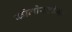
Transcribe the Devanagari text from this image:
कोनोस्टोमा